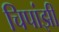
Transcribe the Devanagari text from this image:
चिपांझी